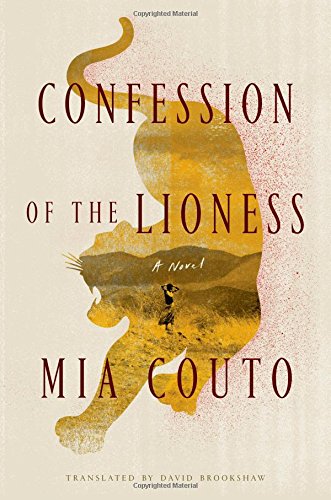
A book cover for Confession of the Lioness: A Novel; Mia Couto; Literature & Fiction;